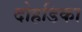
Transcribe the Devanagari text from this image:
दोहडिका